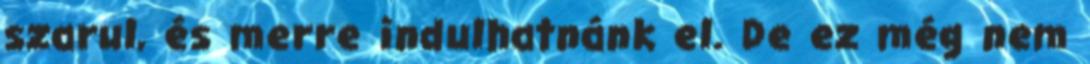
szarul, és merre indulhatnánk el. De ez még nem